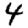
Digit: 4